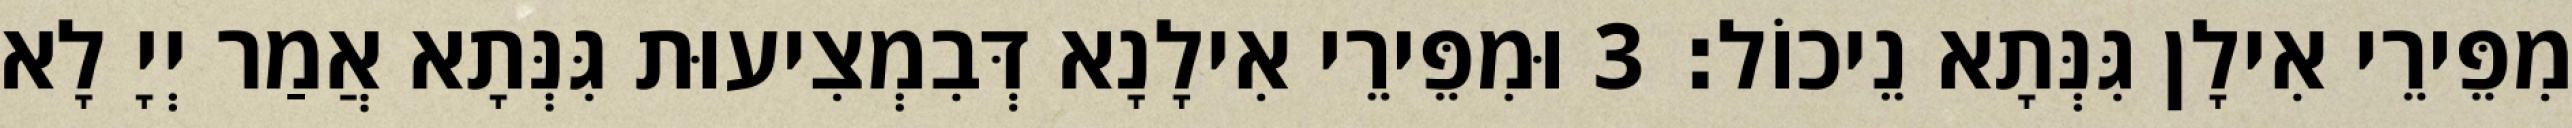
מִפֵּירֵי אִילָן גִּנְּתָא נֵיכוֹל׃ 3 וּמִפֵּירֵי אִילָנָא דְּבִמְצִיעוּת גִּנְּתָא אֲמַר יְיָ לָא